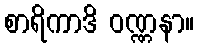
စာရိကာဒိ ဝဏ္ဏနာ။